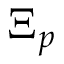
\Xi _ { p }